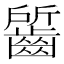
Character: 𪘷